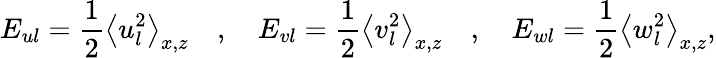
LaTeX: E_{ul}=\frac{1}{2}\big\langle u_{l}^{2}\big\rangle_{x,z}\quad,\quad E_{vl}=\frac{1}{2}\big\langle v_{l}^{2}\big\rangle_{x,z}\quad,\quad E_{wl}=\frac{1}{2}\big\langle w_{l}^{2}\big\rangle_{x,z},